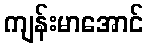
ကျန်းမာအောင်